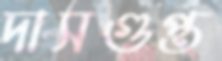
দাসগুপ্ত